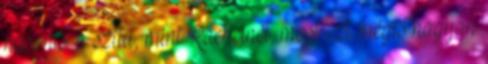
hasonló a szitu, mint Rachelnél, most ezt mégis nagyon